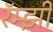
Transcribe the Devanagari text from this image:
रॅम्झी